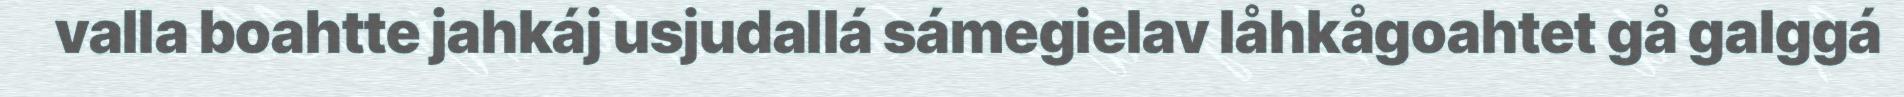
valla boahtte jahkáj usjudallá sámegielav låhkågoahtet gå galggá